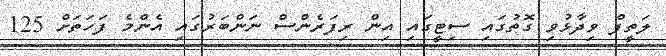
ލަތީފް ވިދާޅުވި ގޮތުގައި ސިޓީގައި އިން ރިފަރެންސް ނަންބަރުގައި އެންމެ ފަހަތަށް 125